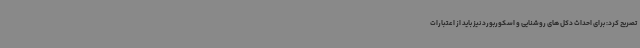
تصریح کرد: برای احداث دکل های روشنایی و اسکوربورد نیز باید از اعتبارات